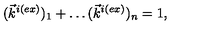
( \vec { k } ^ { i ( e x ) } ) _ { 1 } + \ldots ( \vec { k } ^ { i ( e x ) } ) _ { n } = 1 ,